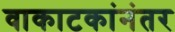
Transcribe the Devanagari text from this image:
वाकाटकांनंतर